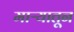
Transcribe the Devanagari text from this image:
माऱ्यातून